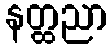
နတ္ထညာ